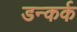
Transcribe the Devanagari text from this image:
डन्कर्क